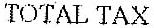
TOTAL TAX